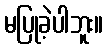
မပြုခဲ့ပါဘူး။